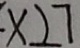
\times 2 7